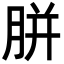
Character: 胼